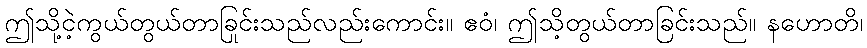
ဤသို့ငဲ့ကွယ်တွယ်တာခြင်းသည်လည်းကောင်း။ ဧဝံ၊ ဤသို့တွယ်တာခြင်းသည်။ နဟောတိ၊